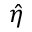
\hat { \eta }